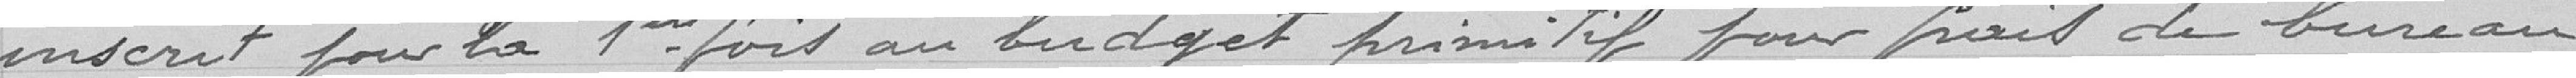
inscrit pour la première fois au budget primitif pour frais de bureau